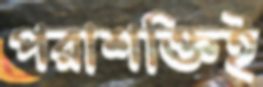
পরাশক্তিই